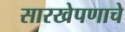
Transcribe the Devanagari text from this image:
सारखेपणाचे